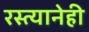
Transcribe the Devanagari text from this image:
रस्त्यानेही